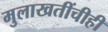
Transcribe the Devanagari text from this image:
मुलाखतींचीही